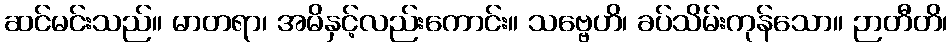
ဆင်မင်းသည်။ မာတရာ၊ အမိနှင့်လည်းကောင်း။ သဗ္ဗေဟိ၊ ခပ်သိမ်းကုန်သော။ ဉာတီတိ၊